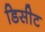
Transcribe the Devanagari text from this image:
डिसीट